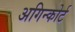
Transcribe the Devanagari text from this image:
अगिन्कोर्ट